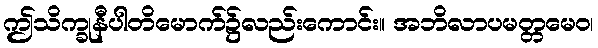
ဤသိက္ခုနီပါတိမောက်၌လည်းကောင်း။ အဘိလာပမတ္တမေဝ၊